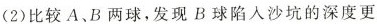
(2)比较A、B两球，发现B球陷入沙坑的深度更